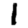
Digit: 1